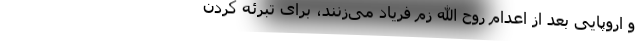
و اروپایی بعد از اعدام روح الله زم فریاد می‌زنند، برای تبرئه کردن